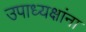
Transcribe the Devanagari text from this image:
उपाध्यक्षांना